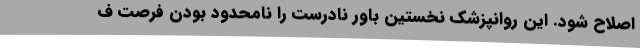
اصلاح شود. این روانپزشک نخستین باور نادرست را نامحدود بودن فرصت ف